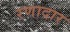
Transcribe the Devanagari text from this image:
रणादार